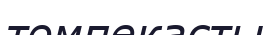
төмпекасты